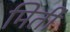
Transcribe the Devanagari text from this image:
मिर्ती